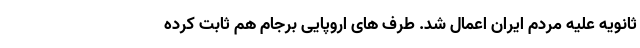
ثانویه علیه مردم ایران اعمال شد. طرف های اروپایی برجام هم ثابت کرده